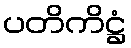
ပတိကိဋ္ဌံ